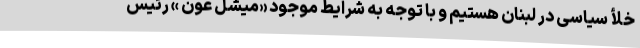
خلأ سیاسی در لبنان هستیم و با توجه به شرایط موجود «میشل عون » رئیس